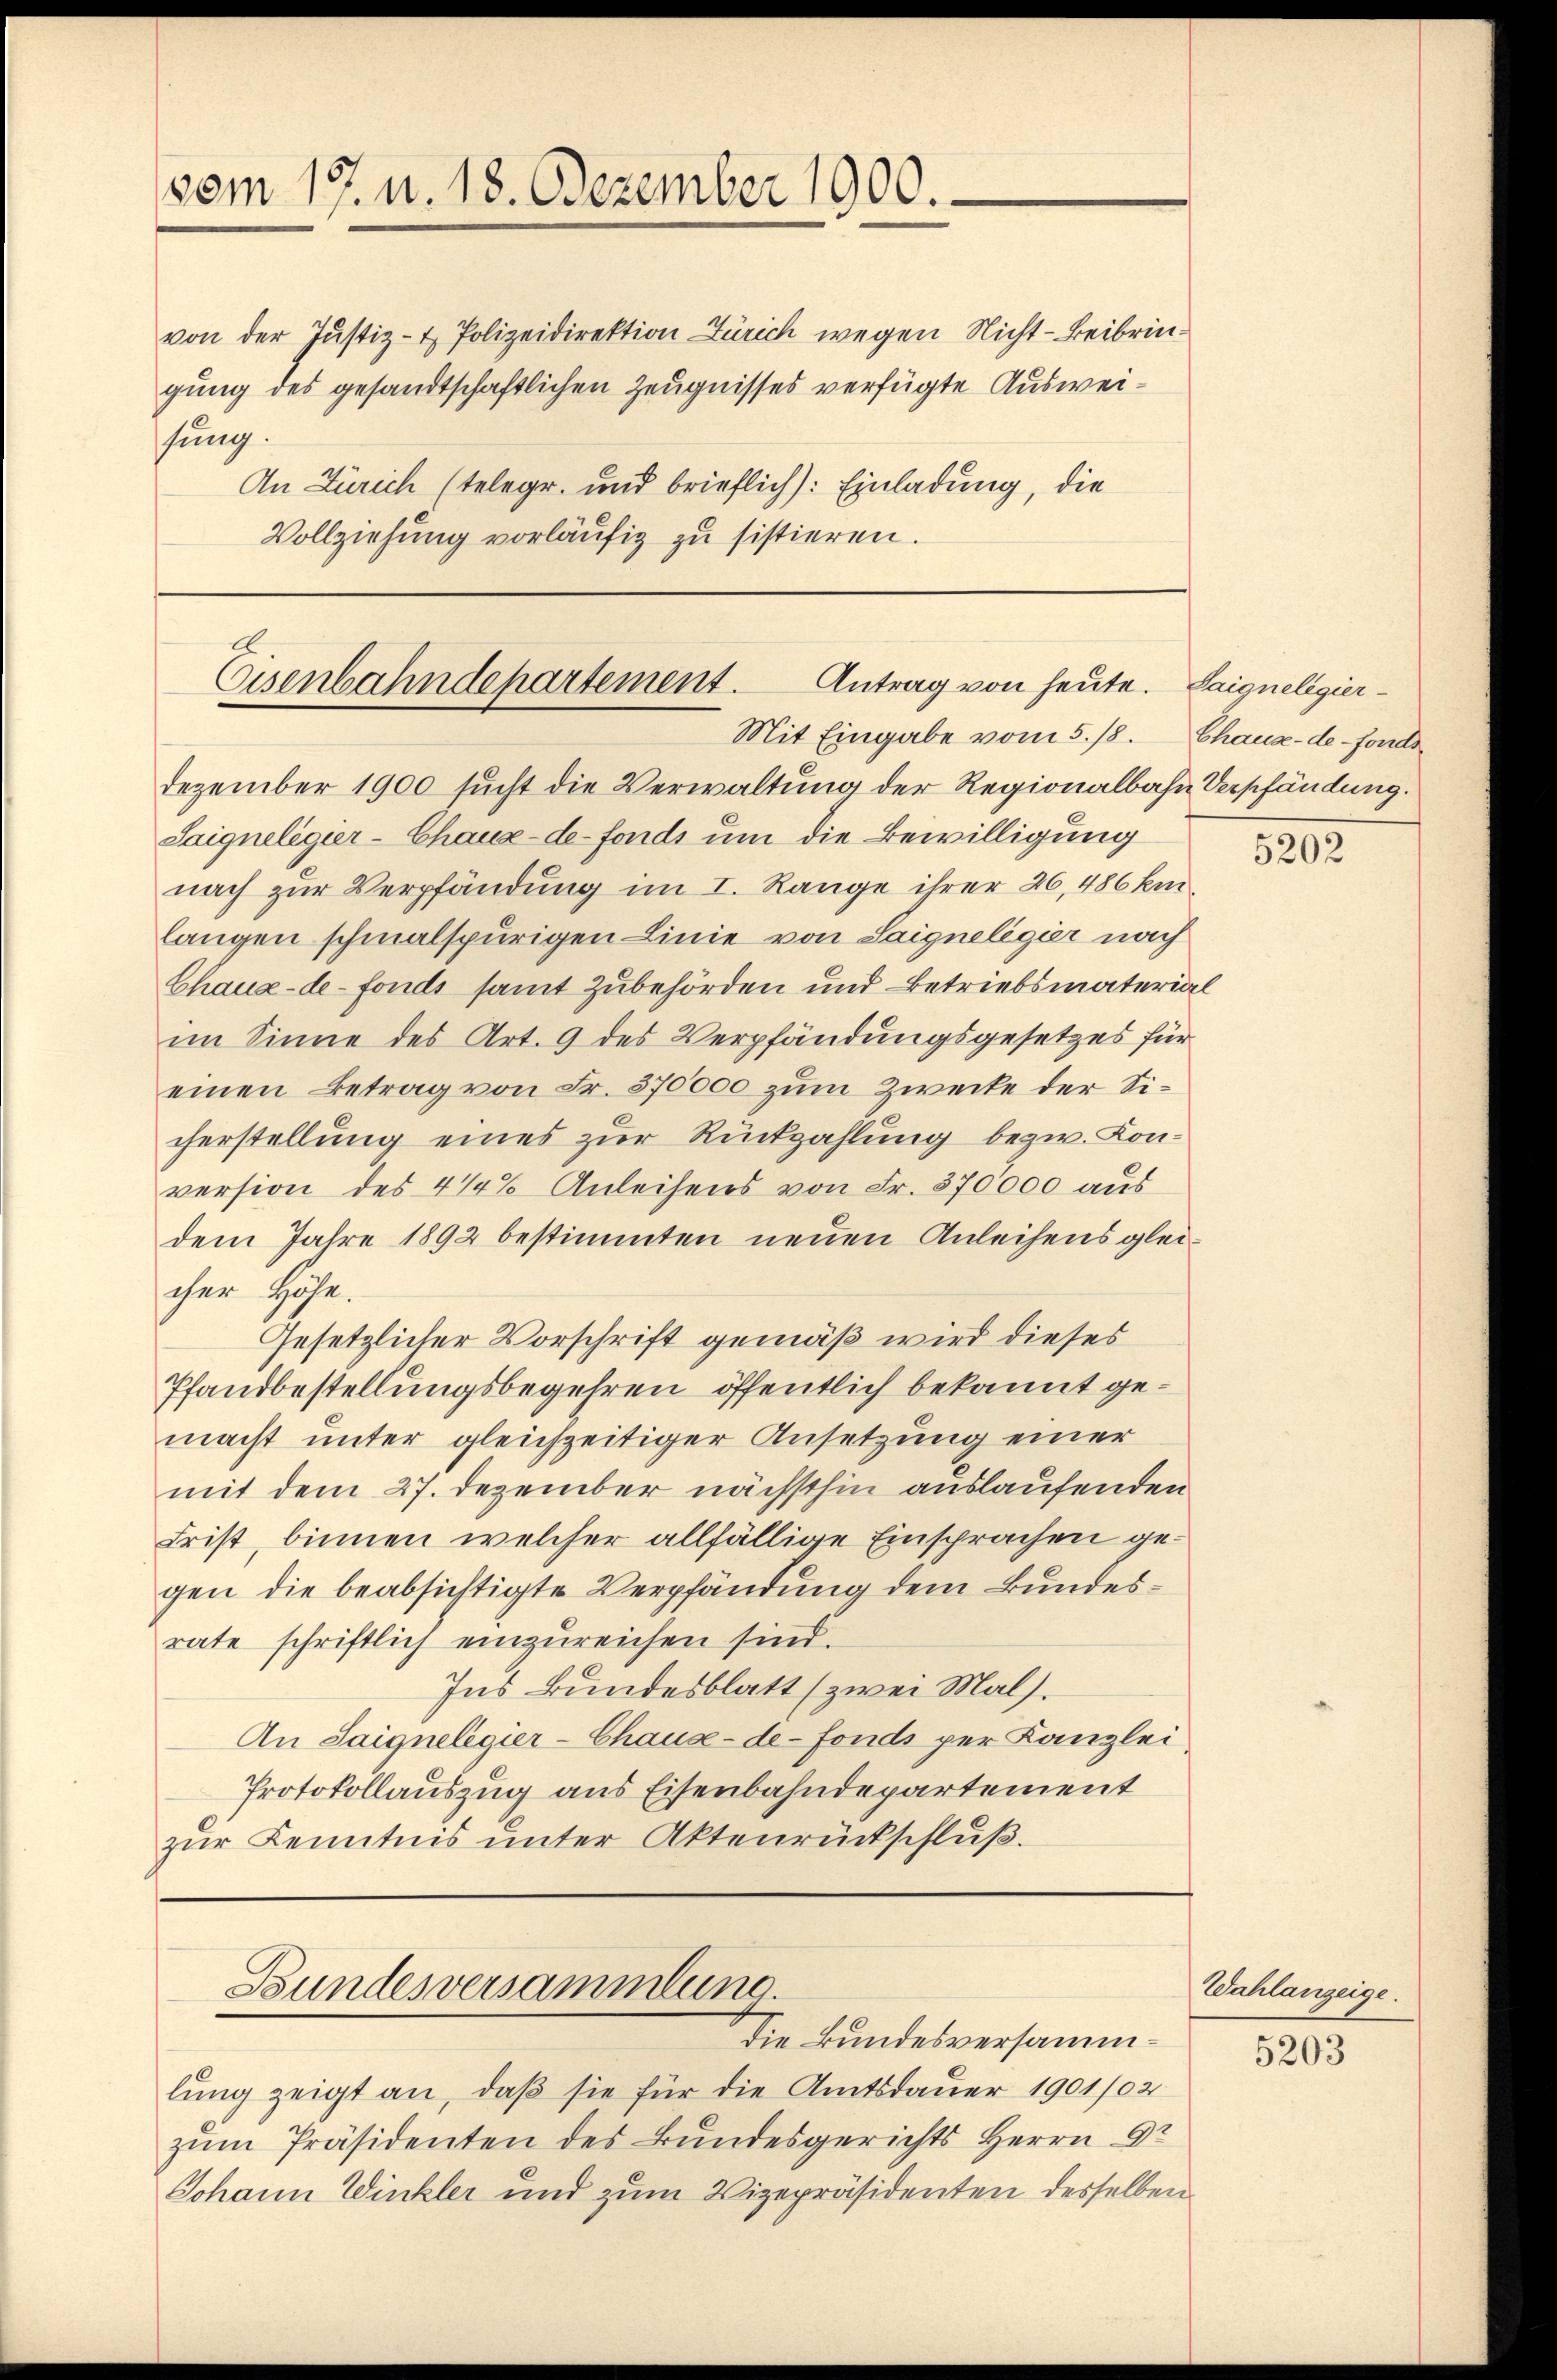
vom 17. u. 18. Dezember 1900.

von der Justiz- & Polizeidirektion Zürich wegen Nicht - Beibringung des gesandtschaftlichen Zeugnisses verfügte Ausweisung.

An Zürich (telegr. und brieflich: Einladung, die
Vollziehung vorläufig zu sistieren.

Dezember 1900 sucht die Verwaltung der Regionalbahn Verschändung.
Saigneligier-Chaux-de-Fonds um die Bewilligung
nach zur Verpfändung im I. Range ihrer 26,486 km
langen schmalspurigen Linie von Saigneligier nach
Chaux-de-Fonds samt Zubehörden und Betriebsmaterial
im Sinne des Art. 9 des Verpfändungsgesetzes für
einen Betrag von Fr. 370000 zum Zwecke der Sicherstellung eines zur Rückzahlung bezw. Konversion des 4 1/4% Anleihens von Fr. 870000 aus
dem Jahre 1892 bestimmten neuen Anleihens gleicher Höhe.
Gesetzlicher Vorschrift gemäß wird dieses
Pfandbestellungsbegehren öffentlich bekannt gemacht unter gleichzeitiger Ansetzung einer
mit dem 27. Dezember nächsthin auslaufenden
Frist, binnen welcher allfällige Einsprachen gegen die beabsichtigte Verpfändung dem Bundesrate schriftlich einzureichen sind.
Ins Bundesblatt (zwei Mal).
An Saignelegier-Chaux-de-Fonds per Kanzlei
Protokollauszug aus Eisenbahndepartement
zur Kenntnis unter Aktenrückschluß.

Eisenbahndepartement. Antrag von heute.
Mit Eingabe vom 5./8. Chause-de-Fonds

Bundesversammlung.
die Bundesversamm¬

lung zeigt an, daß sie für die Amtsdauer 1901/02
zŭm Präsidenten des Bundesgerichts Herrn Dr
Johann Winkler und zum Vizepräsidenten desselben

Saigneligier

5202

Wahlanzeige.

5203